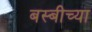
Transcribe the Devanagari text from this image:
बस्बीच्या